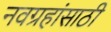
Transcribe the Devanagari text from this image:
नवग्रहांसाठी